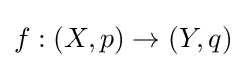
f:(X,p)\to (Y,q)